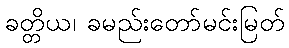
ခတ္တိယ၊ ခမည်းတော်မင်းမြတ်